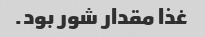
غذا مقدار شور بود.